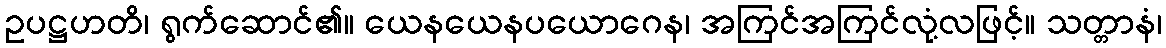
ဥပဋ္ဌဟတိ၊ ရွက်ဆောင်၏။ ယေနယေနပယောဂေန၊ အကြင်အကြင်လုံ့လဖြင့်။ သတ္တာနံ၊